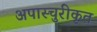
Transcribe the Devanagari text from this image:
अपास्चुरीकृत